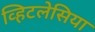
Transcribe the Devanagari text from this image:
व्हिटलेसिया